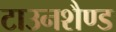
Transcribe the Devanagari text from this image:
टाउनशैण्ड